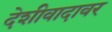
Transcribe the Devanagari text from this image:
देशीवादावर